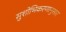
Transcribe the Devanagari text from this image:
सुशोभिकरणानुसार